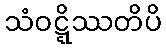
သံဝဋ္ဋိဿတိပိ